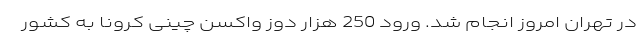
در تهران امروز انجام شد. ورود 250 هزار دوز واکسن چینی کرونا به کشور